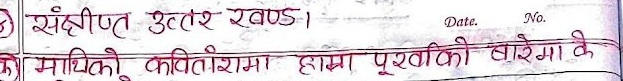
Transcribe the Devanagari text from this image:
संक्षीप्त उत्तर खण्ड।
को माथिको कवितारामा हाम्रा पूवाको बारेमा के